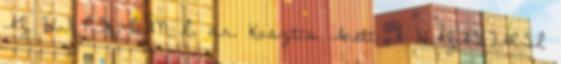
AZ ÚJ PTK.-BAN I. dr. Kusztos Anett A HÁZASTÁRSI